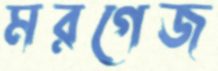
মরগেজ